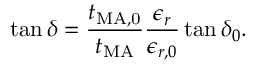
\tan { \delta } = \frac { t _ { \mathrm { M A , 0 } } } { t _ { \mathrm { M A } } } \frac { \epsilon _ { r } } { \epsilon _ { r , 0 } } \tan { \delta _ { 0 } } .